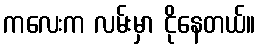
ကလေးက လမ်းမှာ ငိုနေတယ်။